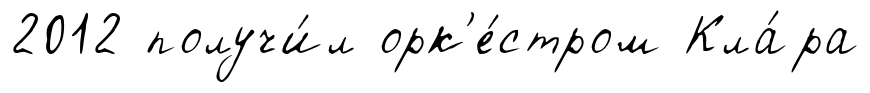
2012 получи́л орк'е́стром Кла́ра